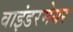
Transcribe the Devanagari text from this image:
वाइंडरमेयर